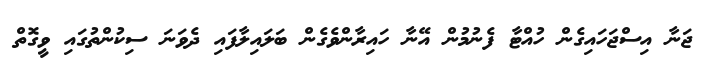
ޖަނާ އިސްޖަހައިގެން ހުއްޓާ ފެނުމުން އޭނާ ހައިރާންވެގެން ބަލައިލާފައި ދެވަނަ ސިކުންތުގައި ވީގޮތް